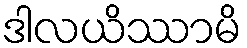
ဒါလယိဿာမိ